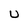
Character: U